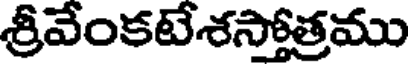
శ్రీవేంకటేశస్తోత్రము